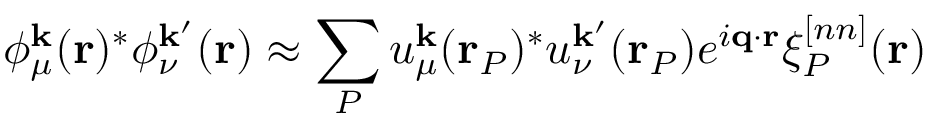
\phi _ { \mu } ^ { \mathbf { k } } ( \mathbf { r } ) ^ { * } \phi _ { \nu } ^ { \mathbf { k } ^ { \prime } } ( \mathbf { r } ) \approx \sum _ { P } u _ { \mu } ^ { \mathbf { k } } ( \mathbf { r } _ { P } ) ^ { * } u _ { \nu } ^ { \mathbf { k } ^ { \prime } } ( \mathbf { r } _ { P } ) e ^ { i \mathbf { q } \cdot \mathbf { r } } \xi _ { P } ^ { [ n n ] } ( \mathbf { r } )